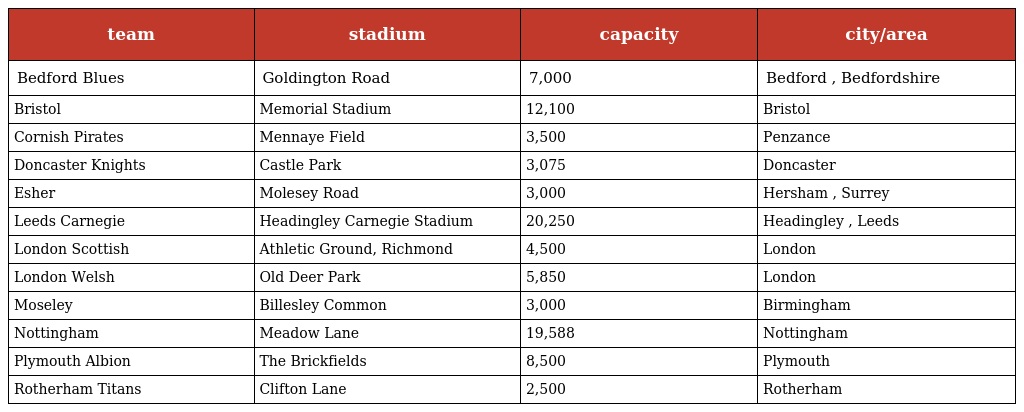
| team | stadium | capacity | city/area |
 | --- | --- | --- | --- |
 | Bedford Blues | Goldington Road | 7,000 | Bedford , Bedfordshire |
 | Bristol | Memorial Stadium | 12,100 | Bristol |
 | Cornish Pirates | Mennaye Field | 3,500 | Penzance |
 | Doncaster Knights | Castle Park | 3,075 | Doncaster |
 | Esher | Molesey Road | 3,000 | Hersham , Surrey |
 | Leeds Carnegie | Headingley Carnegie Stadium | 20,250 | Headingley , Leeds |
 | London Scottish | Athletic Ground, Richmond | 4,500 | London |
 | London Welsh | Old Deer Park | 5,850 | London |
 | Moseley | Billesley Common | 3,000 | Birmingham |
 | Nottingham | Meadow Lane | 19,588 | Nottingham |
 | Plymouth Albion | The Brickfields | 8,500 | Plymouth |
 | Rotherham Titans | Clifton Lane | 2,500 | Rotherham |